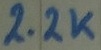
Text: 2.2K